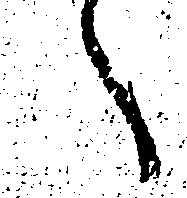
へ